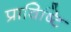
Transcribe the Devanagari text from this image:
प्राविष्टि